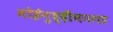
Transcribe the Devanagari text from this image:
मोईनुद्दीननगर